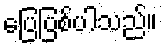
ပြေပြစ်ပါသည်။